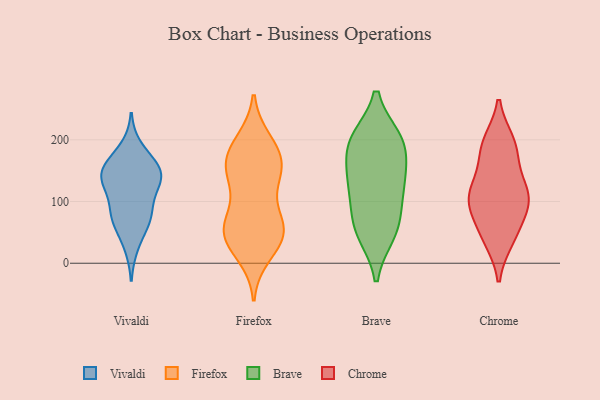
{"axis": {"x": "Backlog", "y": "Value"}, "legend": ["Brave", "Chrome", "Firefox", "Vivaldi"], "data": [{"x": "", "y": 187, "type": "Vivaldi"}, {"x": "", "y": 160, "type": "Vivaldi"}, {"x": "", "y": 113, "type": "Vivaldi"}, {"x": "", "y": 75, "type": "Vivaldi"}, {"x": "", "y": 74, "type": "Vivaldi"}, {"x": "", "y": 135, "type": "Vivaldi"}, {"x": "", "y": 67, "type": "Vivaldi"}, {"x": "", "y": 151, "type": "Vivaldi"}, {"x": "", "y": 156, "type": "Vivaldi"}, {"x": "", "y": 146, "type": "Vivaldi"}, {"x": "", "y": 137, "type": "Vivaldi"}, {"x": "", "y": 80, "type": "Vivaldi"}, {"x": "", "y": 129, "type": "Vivaldi"}, {"x": "", "y": 28, "type": "Vivaldi"}, {"x": "", "y": 31, "type": "Firefox"}, {"x": "", "y": 60, "type": "Firefox"}, {"x": "", "y": 175, "type": "Firefox"}, {"x": "", "y": 194, "type": "Firefox"}, {"x": "", "y": 35, "type": "Firefox"}, {"x": "", "y": 79, "type": "Firefox"}, {"x": "", "y": 57, "type": "Firefox"}, {"x": "", "y": 198, "type": "Firefox"}, {"x": "", "y": 161, "type": "Firefox"}, {"x": "", "y": 58, "type": "Firefox"}, {"x": "", "y": 172, "type": "Firefox"}, {"x": "", "y": 136, "type": "Firefox"}, {"x": "", "y": 135, "type": "Firefox"}, {"x": "", "y": 56, "type": "Firefox"}, {"x": "", "y": 160, "type": "Firefox"}, {"x": "", "y": 137, "type": "Firefox"}, {"x": "", "y": 14, "type": "Firefox"}, {"x": "", "y": 50, "type": "Firefox"}, {"x": "", "y": 200, "type": "Brave"}, {"x": "", "y": 188, "type": "Brave"}, {"x": "", "y": 61, "type": "Brave"}, {"x": "", "y": 135, "type": "Brave"}, {"x": "", "y": 131, "type": "Brave"}, {"x": "", "y": 55, "type": "Brave"}, {"x": "", "y": 199, "type": "Brave"}, {"x": "", "y": 49, "type": "Brave"}, {"x": "", "y": 100, "type": "Brave"}, {"x": "", "y": 197, "type": "Brave"}, {"x": "", "y": 139, "type": "Brave"}, {"x": "", "y": 102, "type": "Chrome"}, {"x": "", "y": 59, "type": "Chrome"}, {"x": "", "y": 102, "type": "Chrome"}, {"x": "", "y": 121, "type": "Chrome"}, {"x": "", "y": 110, "type": "Chrome"}, {"x": "", "y": 194, "type": "Chrome"}, {"x": "", "y": 186, "type": "Chrome"}, {"x": "", "y": 41, "type": "Chrome"}, {"x": "", "y": 39, "type": "Chrome"}, {"x": "", "y": 112, "type": "Chrome"}, {"x": "", "y": 91, "type": "Chrome"}, {"x": "", "y": 196, "type": "Chrome"}, {"x": "", "y": 159, "type": "Chrome"}]}